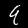
Digit: 9